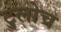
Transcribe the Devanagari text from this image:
टुलोच